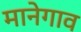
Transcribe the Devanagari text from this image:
मानेगाव